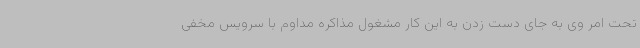
تحت امر وی به جای دست زدن به این کار مشغول مذاکره مداوم با سرویس مخفی